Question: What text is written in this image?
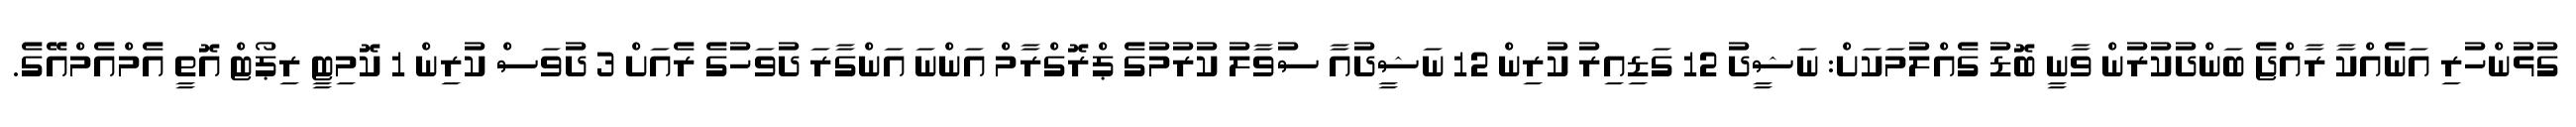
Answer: ގުޅުންހުރި އަނެއްކާ ރާއްޖެ ބަންދުކުރުން ވާނީ ބޮޑު ގެއްލުމަކަށް: ނަޝީދު 12 ގަޑިއިރު ކުރިން 12 ނަޝީދުއާ ސުވާލު ކުރުމުގެ ޕްރޮގްރާމް އަންނަ އަންގާރަ ދުވަހުގެ ރެއަށް 3 ދުވަސް ކުރިން 1 ކޮމިޓީ ރިޕޯޓް އޮތީ އެމްއެމްއޭގެ.